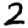
Digit: 2